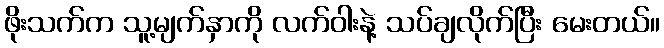
ဖိုးသက်က သူ့မျက်နှာကို လက်ဝါးနဲ့ သပ်ချလိုက်ပြီး မေးတယ်။